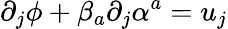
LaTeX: \partial_{j}\phi+\beta_{a}\partial_{j}\alpha^{a}=u_{j}